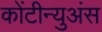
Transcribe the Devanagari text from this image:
कोंटीन्युअंस